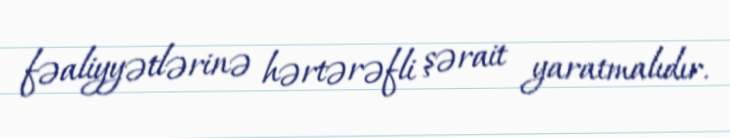
fəaliyyətlərinə hərtərəfli şərait yaratmalıdır.